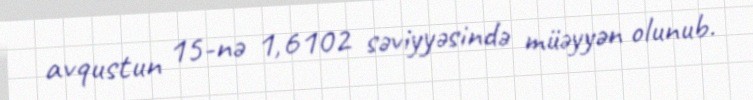
avqustun 15-nə 1,6102 səviyyəsində müəyyən olunub.